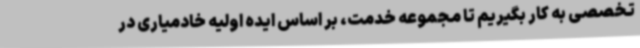
تخصصی به کار بگیریم تا مجموعه خدمت، بر اساس ایده اولیه خادمیاری در